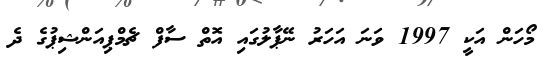
މޯހަން އަކީ 1997 ވަނަ އަހަރު ނޭޕާލުގައި އޮތް ސާފް ޗެމްޕިއަންޝިޕުގެ ދެ